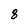
Character: 8